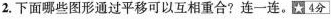
2.下面哪些图形通过平移可以互相重合?连一连。(4分)